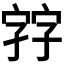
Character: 𡦂